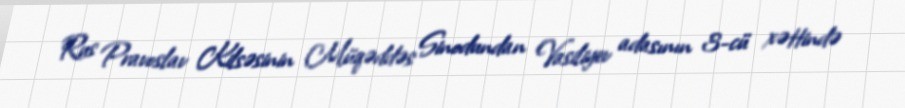
Rus Pravoslav Kilsəsinin Müqəddəs Sinodundan Vasiliyev adasının 3-cü xəttində